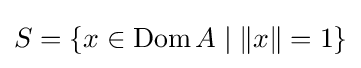
S=\{x\in \operatorname {Dom} A\mid \Vert x\Vert =1\}